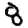
Digit: 8